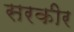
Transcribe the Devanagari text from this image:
सरकीर